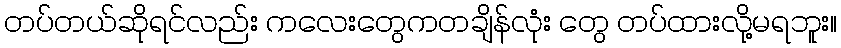
တပ်တယ်ဆိုရင်လည်း ကလေးတွေကတချိန်လုံး တွေ တပ်ထားလို့မရဘူး။